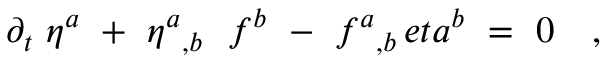
\partial _ { t } \ \eta ^ { a } \ + \ { \eta ^ { a } } _ { , b } \ \ f ^ { b } \ - \ { f ^ { a } } _ { , b } \, e t a ^ { b } \ = \ 0 \ \ \ ,